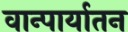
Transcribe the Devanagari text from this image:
वान्पार्यातन